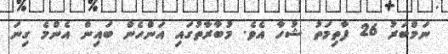
ނަމްބަރު 26 ފާތިމަތު ޝުހާ އެވެ. މުބާރާތުގައި އަންހެން ބައިން އެންމެ ގިނަ